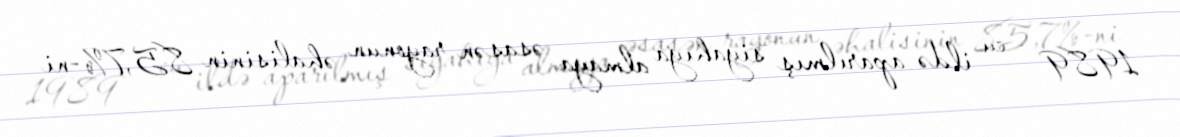
1989 - cu ildə aparılmış siyahıya almaya əsasən rayonun əhalisinin 85,7%-ni